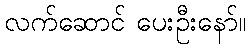
လက်ဆောင် ပေးဦးနော်။